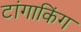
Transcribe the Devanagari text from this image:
टांगाकिंग